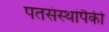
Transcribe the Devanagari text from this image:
पतसंस्थांपैकी